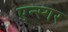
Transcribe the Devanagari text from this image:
एन्स्गर